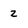
Character: 2